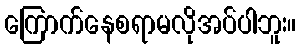
ကြောက်နေစရာမလိုအပ်ပါဘူး။